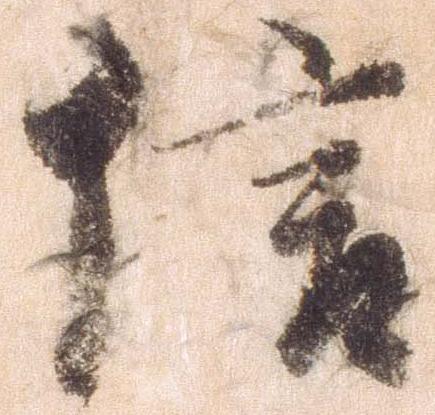
信